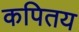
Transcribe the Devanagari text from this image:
कपितय